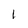
Character: 1